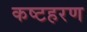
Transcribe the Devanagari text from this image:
कष्टहरण